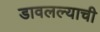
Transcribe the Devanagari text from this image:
डावलल्याची